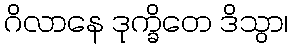
ဂိလာနေ ဒုက္ခိတေ ဒိသွာ၊